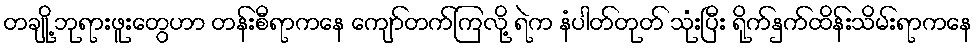
တချို့ ဘုရားဖူးတွေဟာ တန်းစီရာကနေ ကျော်တက်ကြလို့ ရဲက နံပါတ်တုတ် သုံးပြီး ရိုက်နှက်ထိန်းသိမ်းရာကနေ